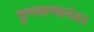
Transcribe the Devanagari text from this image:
फुगवल्यानंतर